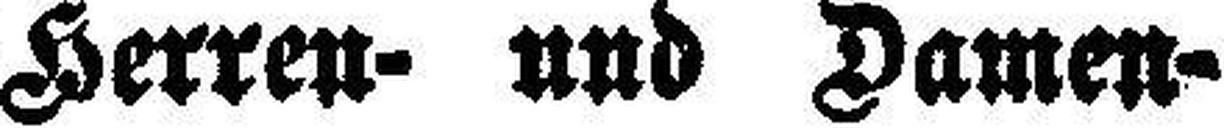
Herren- und Damen¬